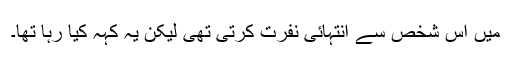
میں اس شخص سے انتہائی نفرت کرتی تھی لیکن یہ کہہ کیا رہا تھا۔